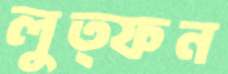
লুত্ফন